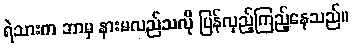
ရဲသားက ဘာမှ နားမလည်သလို ပြန်လှည့်ကြည့်နေသည်။